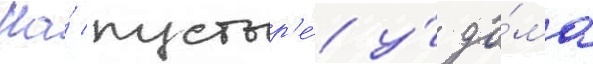
На́ пустыр'е́ у́ до́ма